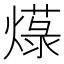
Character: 𱬓